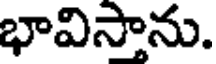
భావిసాను.